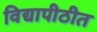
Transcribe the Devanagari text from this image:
विद्यापीठीत